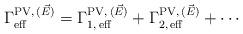
LaTeX: \begin{align*}\Gamma_{\rm eff}^{{\rm PV},\,(\vec{E})} = \Gamma_{1,\,{\rm eff}}^{{\rm PV},\,(\vec{E})} + \Gamma_{2,\,{\rm eff}}^{{\rm PV},\,(\vec{E})} + \cdots\end{align*}